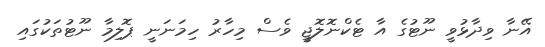
އޭނާ ވިދާޅުވީ ނޫޓުގެ އާ ޓެކްނޮލޮޖީ ވެސް މިހާރު ހިމަނަނީ ޕޮލިމާ ނޫޓުތަކުގައި